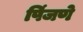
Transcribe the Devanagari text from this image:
पिंजणे